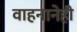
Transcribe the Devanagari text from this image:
वाहनानेही